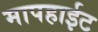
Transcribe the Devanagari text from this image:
मापहाईट